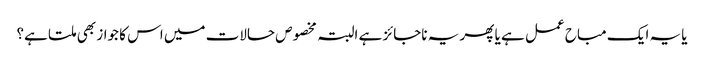
یا یہ ایک مباح عمل ہے یا پھر یہ ناجائز ہے البتہ مخصوص حالات میں اس کا جواز بھی ملتا ہے؟